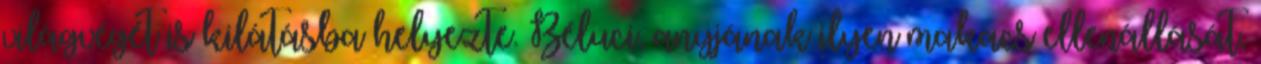
világvégét is kilátásba helyezte. Béluci, anyjának ilyen makacs ellenállását,